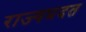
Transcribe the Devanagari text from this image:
राज्यप्रदत